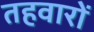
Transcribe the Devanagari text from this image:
तहवारों